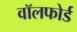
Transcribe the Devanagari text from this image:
वॉलफोर्ड